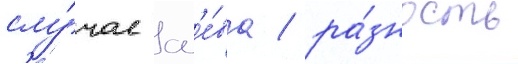
слу́чае сл'е́ва / ра́зность